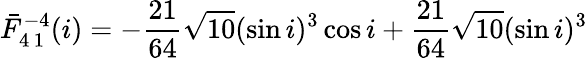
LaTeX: \bar{F}_{4\, 1}^{-4}(i)=-\frac{21}{64}\sqrt{10}(\sin i)^{3}\cos i+\frac{21}{64}\sqrt{10}(\sin i)^{3}